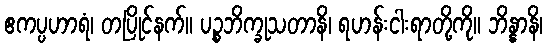
ဧကပ္ပဟာရံ၊ တပြိုင်နက်။ ပဉ္စဘိက္ခုသတာနိ၊ ရဟန်းငါးရာတို့ကို။ ဘိန္နာနိ၊